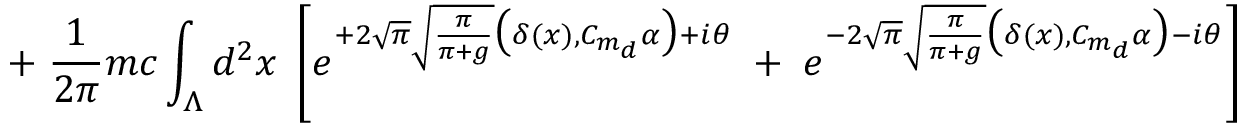
\; + \; \frac { 1 } { 2 \pi } m c \int _ { \Lambda } d ^ { 2 } x \; \left[ e ^ { + 2 \sqrt { \pi } \sqrt { \frac { \pi } { \pi + g } } \big ( \delta ( x ) , C _ { m _ { d } } \alpha \big ) + i \theta } \; + \; e ^ { - 2 \sqrt { \pi } \sqrt { \frac { \pi } { \pi + g } } \big ( \delta ( x ) , C _ { m _ { d } } \alpha \big ) - i \theta } \right]